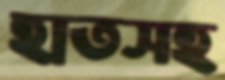
হাতসহ